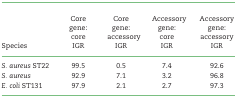
<table><thead><tr><td><b>Species</b></td><td><b>Core gene:core IGR</b></td><td><b>Core gene:accessory IGR</b></td><td><b>Accessory gene:core IGR</b></td><td><b>Accessory gene:accessory IGR</b></td></tr></thead><tbody><tr><td><i>S. aureus</i> ST22</td><td>99.5</td><td>0.5</td><td>7.4</td><td>92.6</td></tr><tr><td><i>S. aureus</i></td><td>92.9</td><td>7.1</td><td>3.2</td><td>96.8</td></tr><tr><td><i>E. coli</i> ST131</td><td>97.9</td><td>2.1</td><td>2.7</td><td>97.3</td></tr></tbody></table>